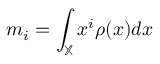
m _ { i } = \int _ { \mathbb { X } } x ^ { i } \rho ( x ) d x